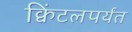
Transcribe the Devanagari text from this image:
क्विंटलपर्यंत